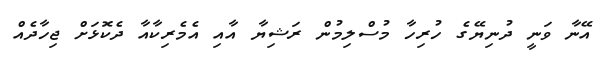
އޭނާ ވަނީ ދުނިޔޭގެ ހުރިހާ މުސްލިމުން ރަޝިޔާ އާއި އެމެރިކާއާ ދެކޮޅަށް ޖިހާދެއް